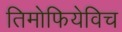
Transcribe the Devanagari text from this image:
तिमोफियेविच